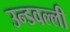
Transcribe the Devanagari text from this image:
उन्डवल्ली